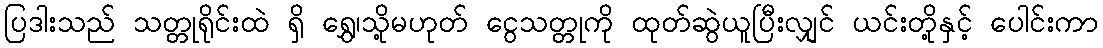
ပြဒါးသည် သတ္တုရိုင်းထဲ ရှိ ရွှေ၊သို့မဟုတ် ငွေသတ္တုကို ထုတ်ဆွဲယူပြီးလျှင် ယင်းတို့နှင့် ပေါင်းကာ